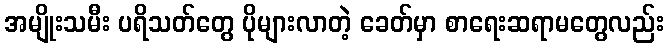
အမျိုးသမီး ပရိသတ်တွေ ပိုများလာတဲ့ ခေတ်မှာ စာရေးဆရာမတွေလည်း